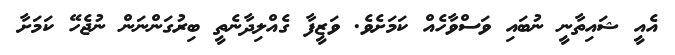
އެއީ ޝައިތާނީ ނުބައި ވަސްވާހެއް ކަމަށެވެ. ވަޒީފާ ގެއްލިދާނެތީ ބިރުގަންނަން ނުޖެހޭ ކަމަށާ